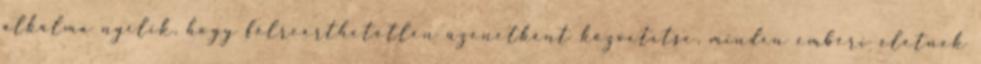
alkalma nyílik, hogy félreérthetetlen üzenetként közvetítse, minden emberi életnek